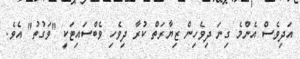
އަދިވެސް އެންމެ ގިނަ ދިވެހިން ޒިޔާރަތް ކުރާ ދިވެހި ވެބްސައިޓަކީ "ވަގުތު" އެވެ.